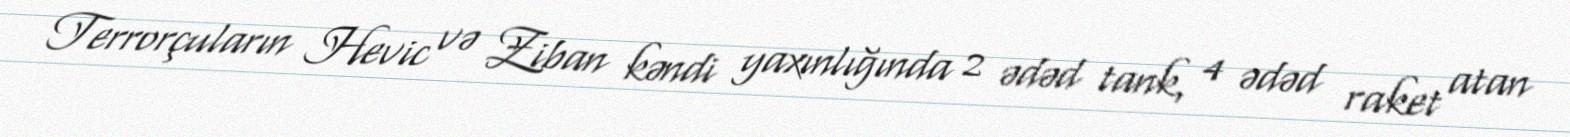
Terrorçuların Hevic və Ziban kəndi yaxınlığında 2 ədəd tank, 4 ədəd raket atan